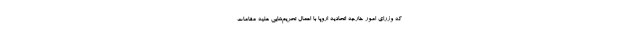
که وزرای امور خارجه اتحادیه اروپا با اعمال تحریم‌هایی علیه مقامات